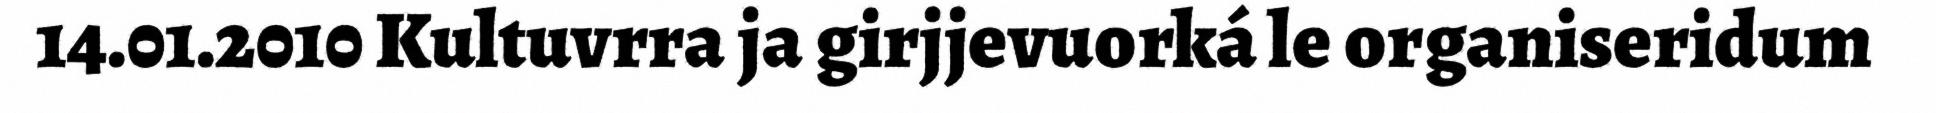
14.01.2010 Kultuvrra ja girjjevuorká le organiseridum